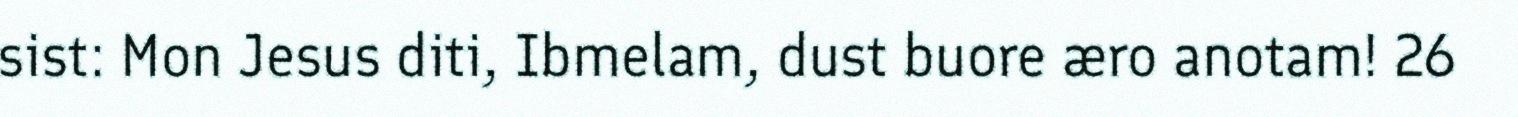
sist: Mon Jesus diti, Ibmelam, dust buore æro anotam! 26